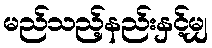
မည်သည့်နည်းနှင့်မျှ